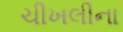
ચીખલીના